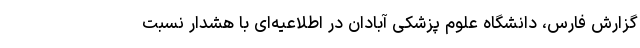
گزارش فارس، دانشگاه علوم پزشکی آبادان در اطلاعیه‌ای با هشدار نسبت